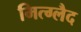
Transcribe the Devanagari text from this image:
मित्ग्लैद